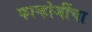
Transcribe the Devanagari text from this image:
कान्होजींचा